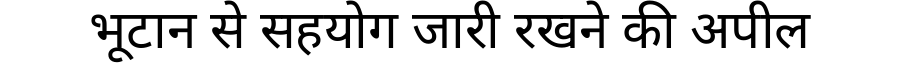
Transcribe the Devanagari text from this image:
भूटान से सहयोग जारी रखने की अपील